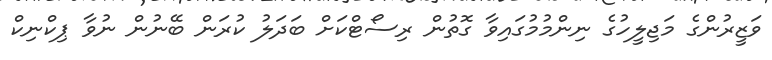
ވަޒީރުންގެ މަޖިލީހުގެ ނިންމުމުގައިވާ ގޮތުން ރިސޯޓްކަށް ބަދަލު ކުރަން ބޭނުން ނުވާ ޕިކްނިކް